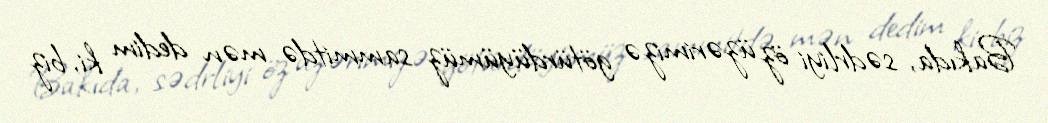
Bakıda, sədrliyi öz üzərimizə götürdüyümüz sammitdə mən dedim ki, biz